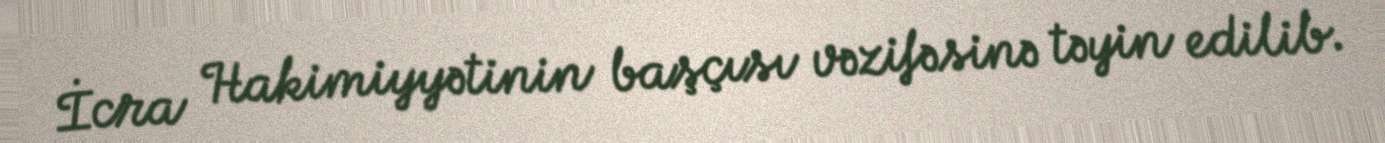
İcra Hakimiyyətinin başçısı vəzifəsinə təyin edilib.